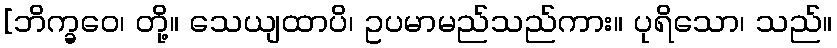
[ဘိက္ခဝေ၊ တို့။ သေယျထာပိ၊ ဥပမာမည်သည်ကား။ ပုရိသော၊ သည်။